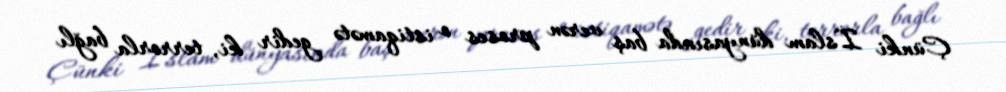
Çünki İslam dünyasında baş verən proses o istiqamətə gedir ki, terrorla bağlı